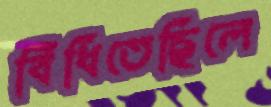
বিঁধিতেছিলে